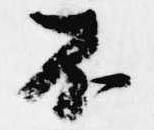
不